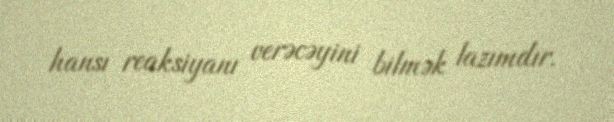
hansı reaksiyanı verəcəyini bilmək lazımdır.